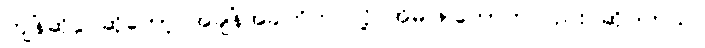
ကျိန်ဆိုပွဲပဲဆိုတော့ အချိန်အခါကိုက်ပဲလို့ အိမ်ဖြူတော်ကလည်း ဆိုပါတယ်။